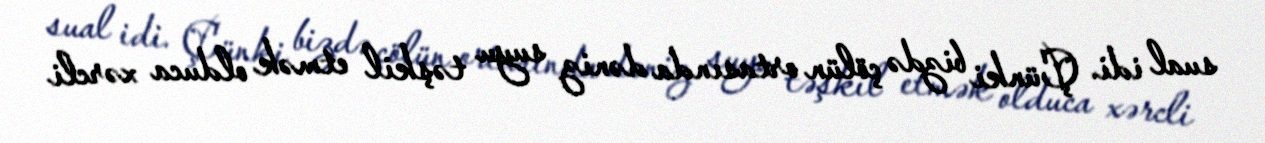
sual idi. Çünki bizdə çölün ortasında dəniz suyu təşkil etmək olduca xərcli